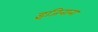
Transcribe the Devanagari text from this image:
इंजिनाना